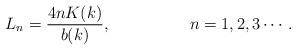
LaTeX: \begin{align*}L_n = \frac{4 n K(k)}{b(k)},\hspace{2.0cm} n = 1, 2, 3 \cdots.\end{align*}